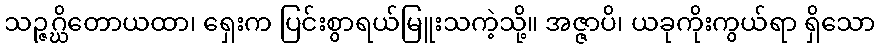
သဉ္ဇဂ္ဃိတောယထာ၊ ရှေးက ပြင်းစွာရယ်မြူးသကဲ့သို့။ အဇ္ဇာပိ၊ ယခုကိုးကွယ်ရာ ရှိသော